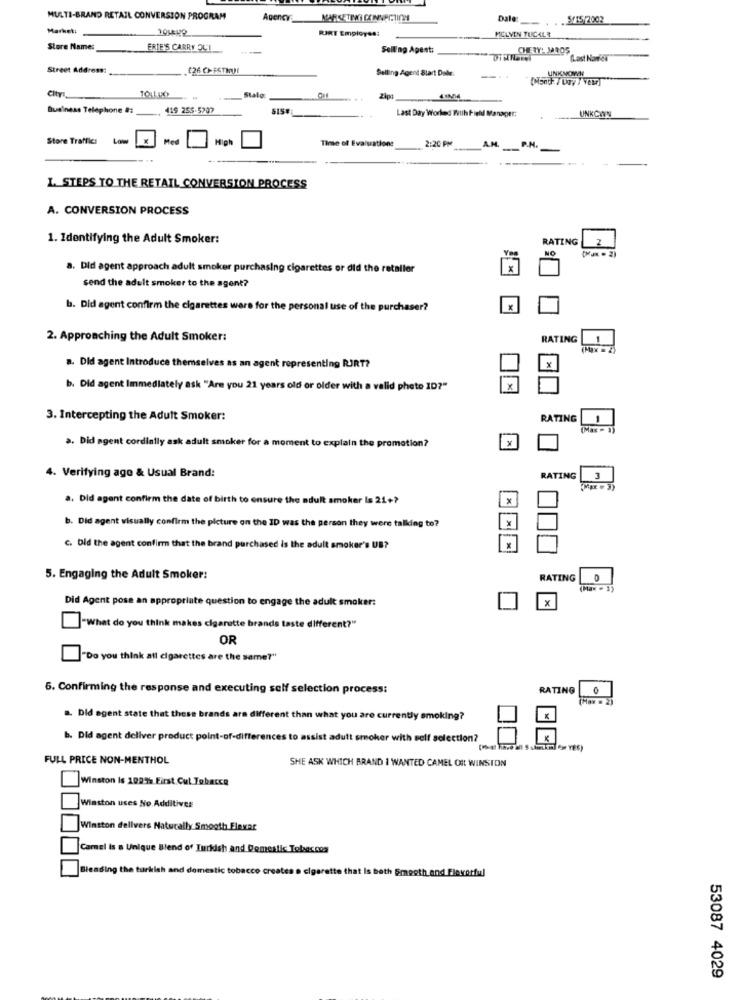
MULTI-BRAND RETAIL CONVERSION PROGRAM
MARKETING CONNECTION
Dale:
.5/15/2002
Market:
RIRT Employes:
MELVIN TUCKLE
Store Name:
ERIE'S CARRY QUI
Selling Apest:
CHETY: MOOS
(Last Narici
Street Address:
E26 CHESTHUI
Selling Agent Start Dalle.
UNKNOWN
(Manch / Ugy / vewr]
City:
Stalg
Business Telephone #:
119 255-5707
Last Day Worked With Field Manapet:
UNKCWYN
Store Traffic:
Med
High
Time of Evaluations
2:20 PM
-
P.M.
-
---
I. STEPS TO THE RETAIL CONVERSION PROCESS
A. CONVERSION PROCESS
1. Identifying the Adult Smoker:
RATING
2
NO
(2)
a. Did agent approach adult smoker purchasing cigarettes or did the retailer
send the adult smoker to the agent?
b. Did agent confirm the cigarettes ware for the personal use of the purchaser?
X
2. Approaching the Adult Smoker:
RATING
1
X
a. Did agent Introduce themselves as an agent representing RJRT?
b. Did agent Immediately ask "Are you 21 years old or older with a valid photo ID?"
X
3. Intercepting the Adult Smoker:
RATING
(Max - 1)
a. Did agent cordially ask adult smoker for a moment to explain the promotion?
x
4. Verifying ago & Usual Brand:
RATING
3
(Max . 3)
a. Did agent confirm the date of birth to ensure the adult smoker Is 21+?
b. Did agent visually confirm the picture on the ID was the person they were talking to?
C. Did the agent confirm that the brand purchased is the adult smoker's UB?
5. Engaging the Adult Smoker:
RATING
(Max - 1)
Did Agent pose an appropriate question to engage the adult smoker:
X
"What do you think makes cigarette brands taste different?"
OR
"Do you think all cigarettes are the same?"
6. Confirming the response and executing self selection process:
RATING
0
(Max = 2)
a. Did agent state that these brands ara different than what you are currently smoking?
b. Did agent deliver product point-of-differences to assist adult smoker with self selection?
FULL PRICE NON-MENTHOL
SHE ASK WHICH BRAND I WANTED CAMEL OIL WINSTON
Winston is 1027% First Cul Tobacco
Winston uses No Additives
Winston delivers Naturally Smooth Flexar
Camel is a Unique Blend of Turkish and Demestis Tobaccos
Bleading the turkish and domestic tobacco creates a cigarette that Is both Smooth and Flavorful
53087 4029